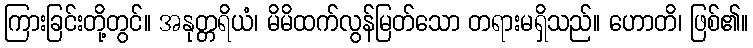
ကြားခြင်းတို့တွင်။ အနုတ္တရိယံ၊ မိမိထက်လွန်မြတ်သော တရားမရှိသည်။ ဟောတိ၊ ဖြစ်၏။